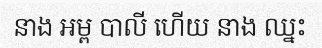
នាង អម្ព បាលី ហើយ នាង ឈ្នះ